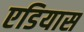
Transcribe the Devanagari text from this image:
एडियास